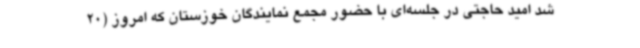
شد امید حاجتی در جلسه‌ای با حضور مجمع نمایندگان خوزستان که امروز (20